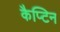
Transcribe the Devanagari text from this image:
कैप्टिन